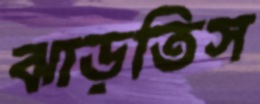
ঝাড়তিস